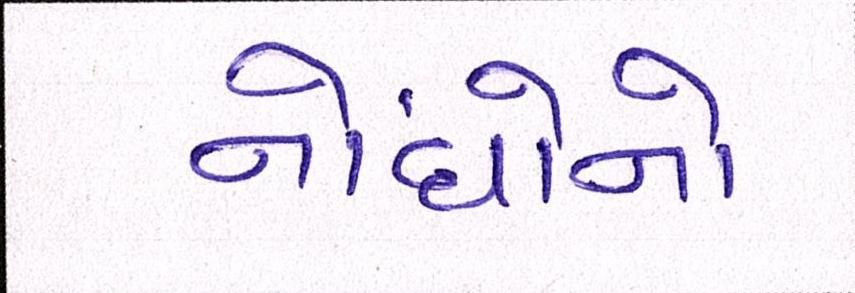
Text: નોંધોનો